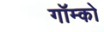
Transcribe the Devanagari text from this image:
गॉम्को